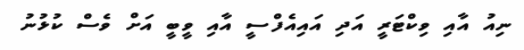
ނިއު އާއި ވިކްޓަރީ އަދި އައިއެފްސީ އާއި ވީބީ އަށް ވެސް ކުޅުނު